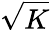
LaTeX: \sqrt{K}